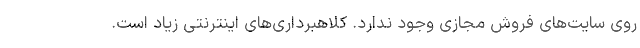
روی سایت‌های فروش مجازی وجود ندارد. کلاهبرداری‌های اینترنتی زیاد است.